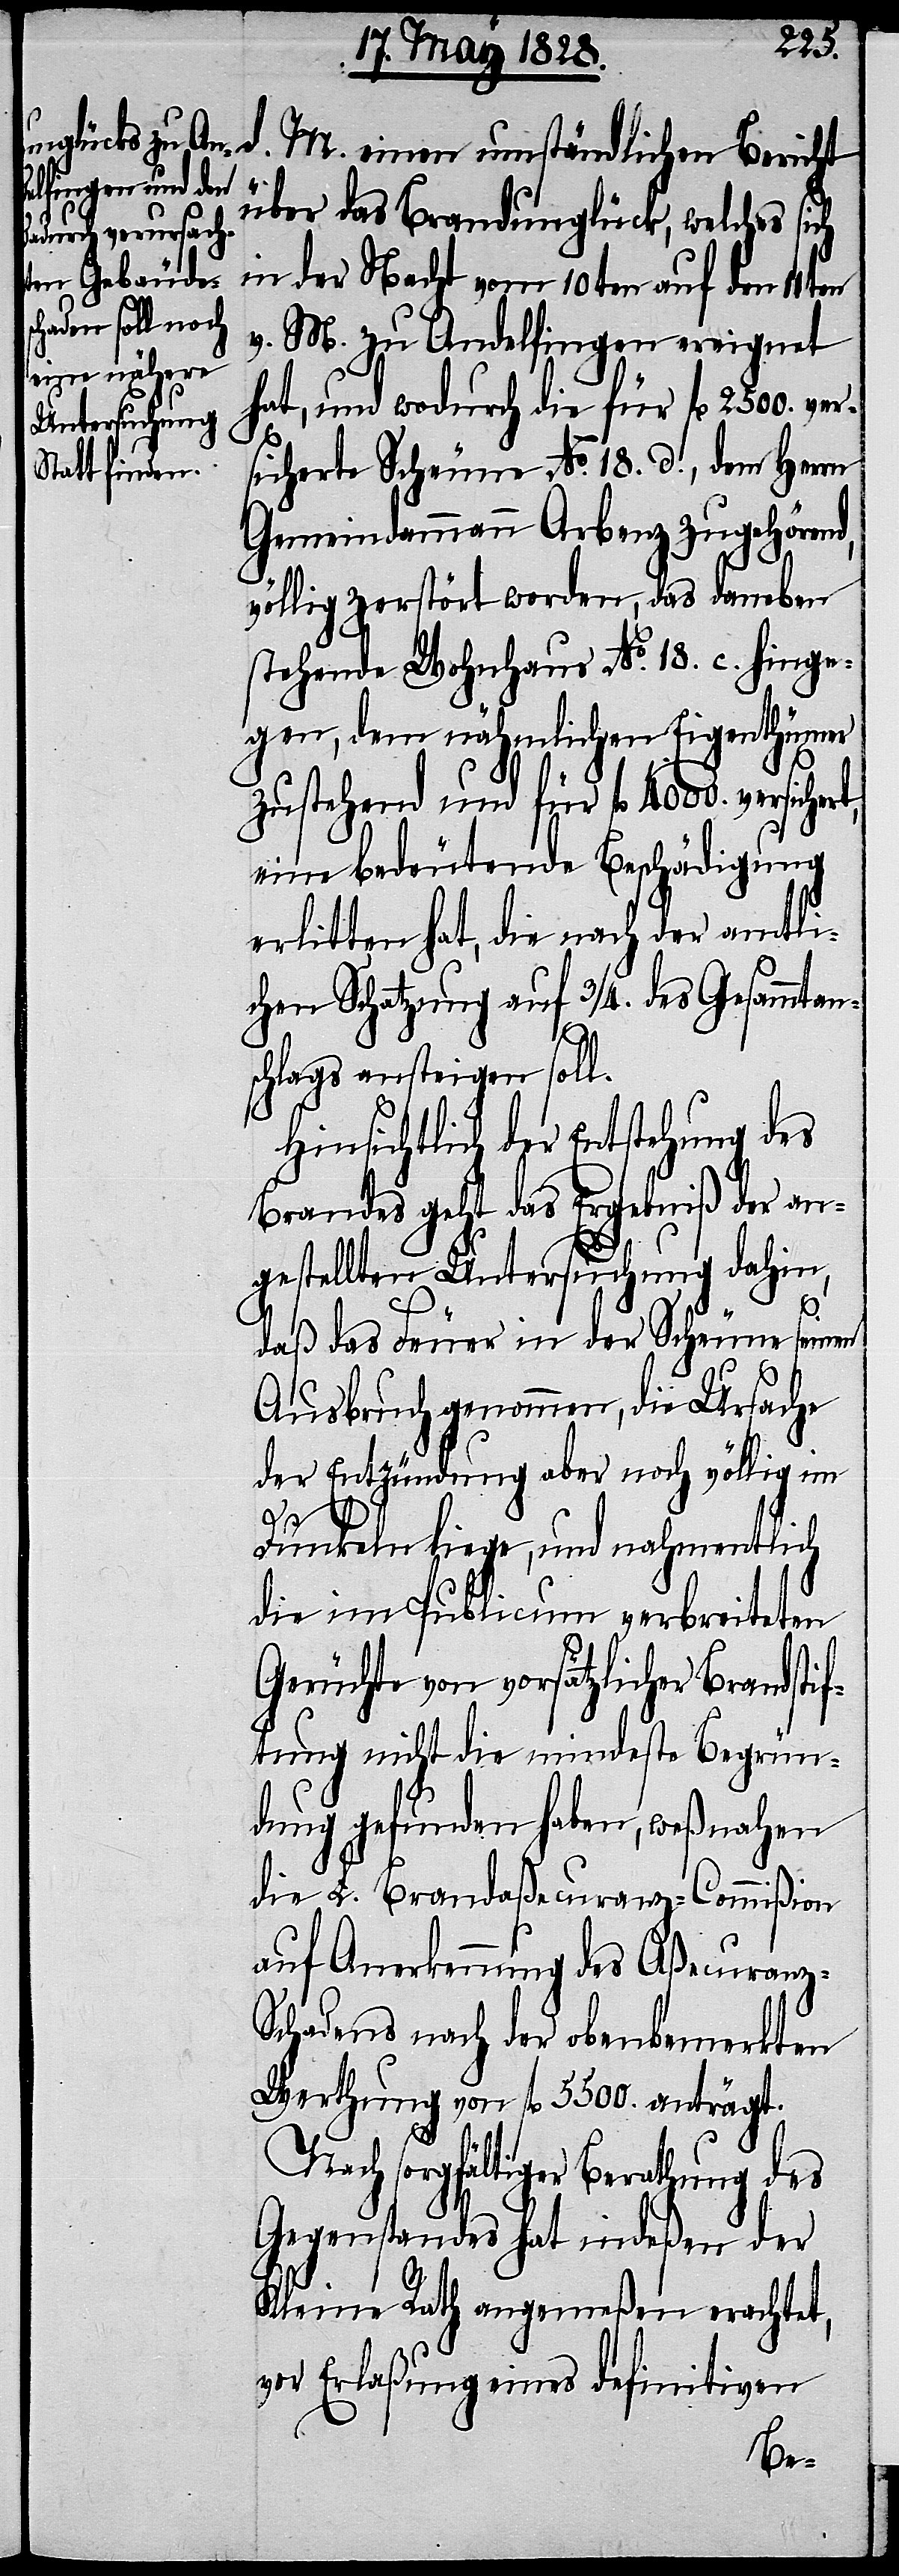
chert,
d. M. einen umständlichen Bericht
über das Brandunglück, welches sich
in der Nacht vom 10ten auf den
v. M. zu Andelfingen ereignet
hat, und wodurch die für fl. 2500. ver¬
sicherte Scheune No. 18. d. dem Herrn
Gemeindammann Arbenz zugehörend,
völlig zerstört worden, das daneben
stehende Wohnhaus No. 18. c. hinge¬
gen, dem nähmlichen Eigenthümer
zustehend und für fl. 4000. versi¬
eine bedeutende Beschädigung
erlitten hat, die nach der amtli¬
chen Schatzung auf 3/4. des Gesammtan¬
schlags ansteigen soll.
Hinsichtlich der Entstehung des
Brandes geht das Ergebniß der an¬
gestellten Untersuchung dahin,
daß das Feuer in der Scheune seinen
Ausbruch genommen, die Ursache
der Entzündung aber noch völlig im
Dunkeln liege, und nahmentlich
die im Publicum verbreiteten
Gerüchte von vorsätzlicher Brandsti¬
ftung nicht die mindeste Begrün¬
dung gefunden haben, weßnahen
die L. Brandaßecuranz-Commißion
auf Anerkennung des Aßecuranz-S¬
chadens nach der obenbemerkten
Werthung von fl. 5500. anträgt.
Nach sorgfältiger Betrachtung des
Gegenstandes hat indeßen der
Kleine Rath angemeßen erachtet,
vor Erlaßung eines definitiven